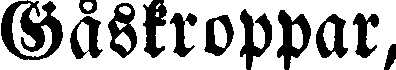
Gåskroppar,